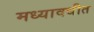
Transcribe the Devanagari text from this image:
मध्यावधीत